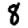
Digit: 8